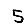
Digit: 5